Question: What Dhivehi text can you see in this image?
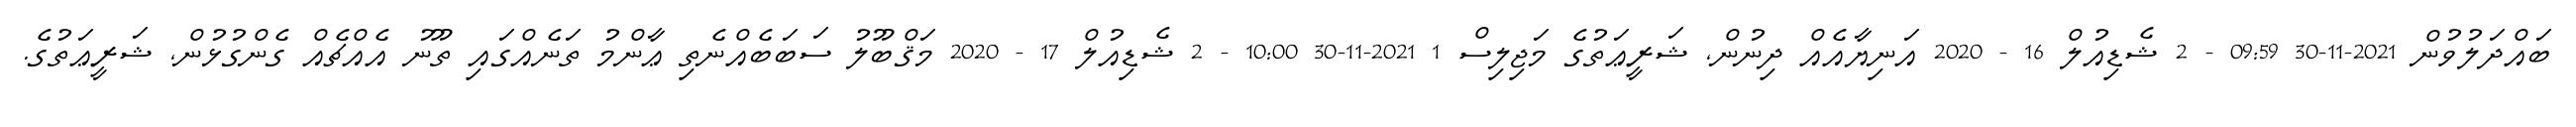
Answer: ބައްދަލުވުން 2021-11-30 09:59 - 2 ޝެޑިއުލް 16 - 2020 އަނިޔާއެއް ދިނުން, ޝަރީޢަތުގެ މަޖިލިސް 1 2021-11-30 10:00 - 2 ޝެޑިއުލް 17 - 2020 މަޤްބޫލު ސަބަބެއްނެތި ޢާންމު ތަނެއްގައި ތޫނު އެއްޗެއް ގެންގުޅުން, ޝަރީޢަތުގެ.